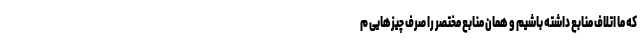
که ما اتلاف منابع داشته باشیم و همان منابع مختصر را صرف چیزهایی م